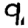
Digit: 9